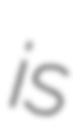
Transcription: is